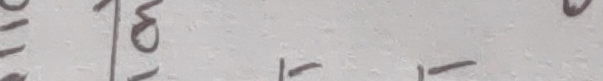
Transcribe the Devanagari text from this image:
१० टोमाई